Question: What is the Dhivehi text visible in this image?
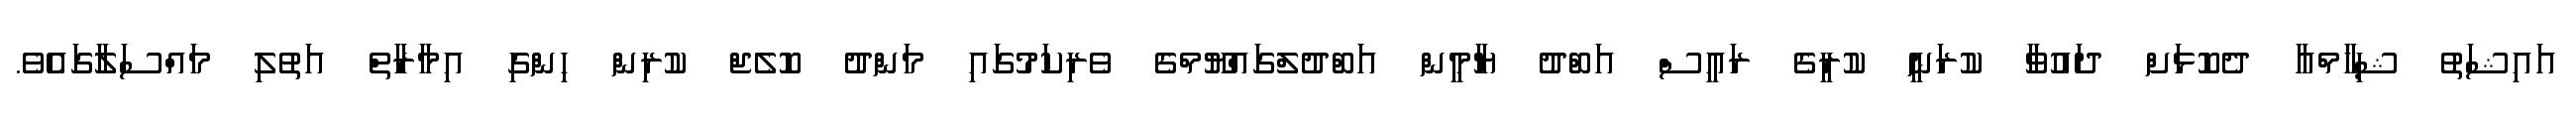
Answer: އައިޝަތު ޝިހާމްއާ ދެކޮޅަށް ދައުވާ ކުރަނީ ކުރީގެ ރައީސް އަބްދު ޔާމީން އަބްދުލްގައްޔޫމްގެ ވެރިކަމުގައި މަންދު ކޮލެޖް ކުރިން ހިންގި އިމާރާތް އަތުލި މައްސަލާގައެވެ.